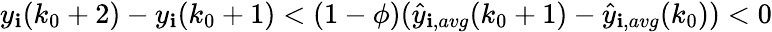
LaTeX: y_{\mathbf{i}}(k_{0}+2)-y_{\mathbf{i}}(k_{0}+1)<(1-\phi)(\hat{{y}}_{\mathbf{i},avg}(k_{0}+1)-\hat{{y}}_{\mathbf{i},avg}(k_{0}))<0